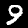
Label: 9